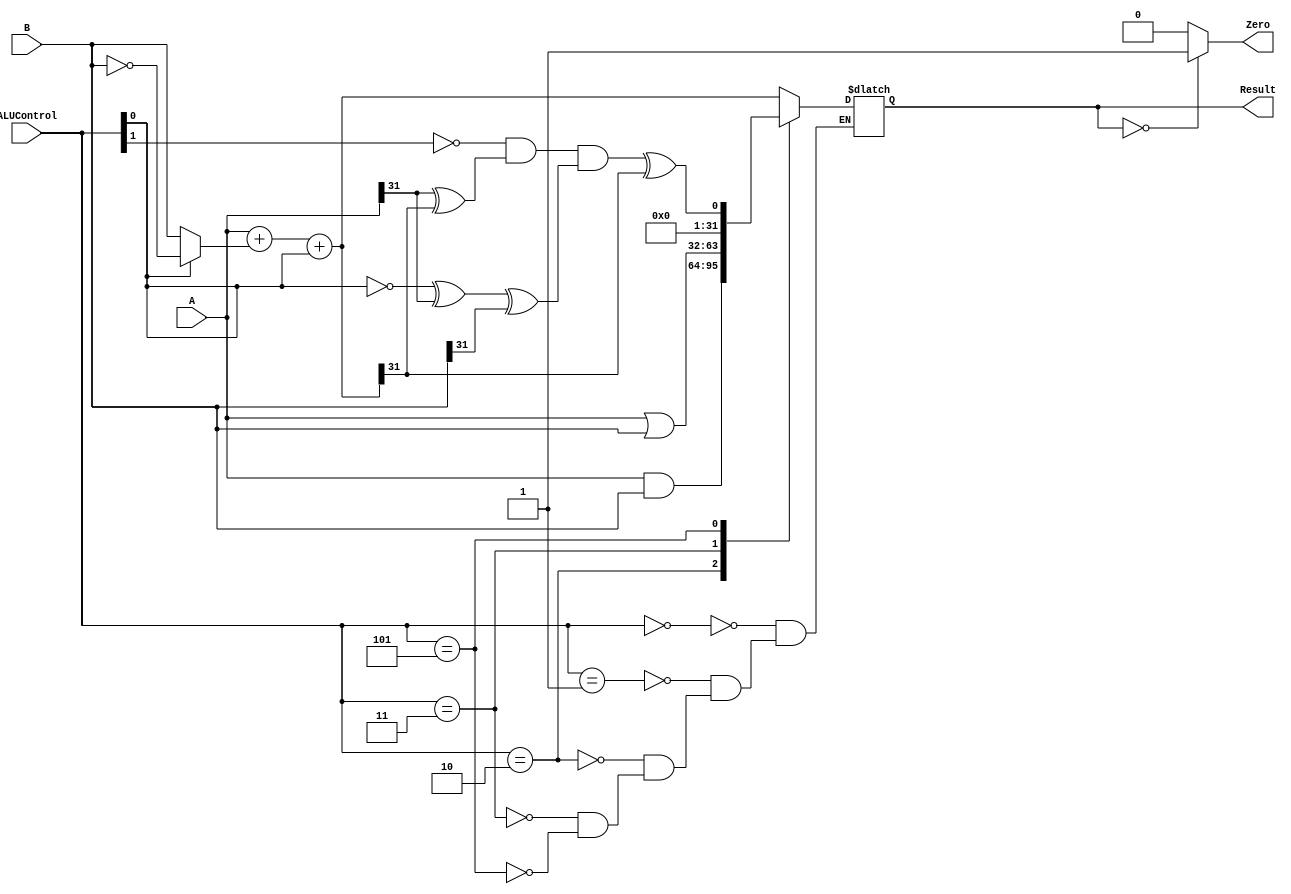
`timescale 1ns / 1ps

module ALU(
	input [31:0] A,B,
	input [2:0]  ALUControl,
	
	output		 Zero,
	output reg [31:0] Result
);

wire [31:0] temp1,Sum;
wire		V,slt; //overflow

assign #1 temp1 = ALUControl[0] ? ~B:B;
assign #1 Sum   = A + temp1 + ALUControl[0];
assign #1 V	 = ((~ALUControl[1]) & (A[31]^Sum[31]) & (~ALUControl[0]^A[31]^B[31]));
assign #1 slt	 = V^Sum[31];

always@(*)
  case(ALUControl)
	3'b000: Result <= #1 Sum; //add
	3'b001: Result <= #1 Sum; //sub
	3'b010: Result <= #1 A&B; //and
	3'b011: Result <= #1 A|B; //or
	3'b101: Result <= #1 {31'b0,slt}; //slt
	//default:Result <= #1 32'b0;
  endcase

assign #1 Zero = (Result == 32'b0)? 1'b1:1'b0;

endmodule